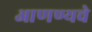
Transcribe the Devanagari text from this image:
आणण्यचे